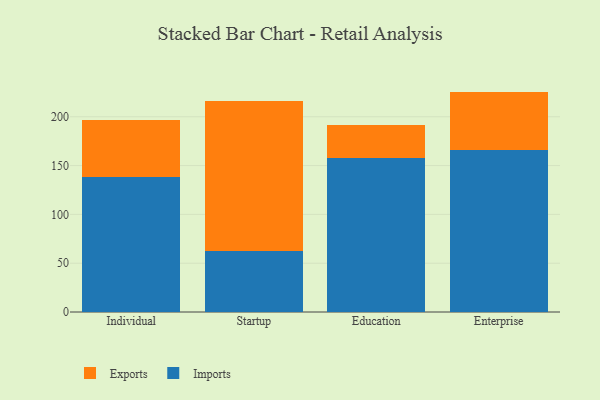
{"axis": {"x": "Segment", "y": "Bounce Rate (%)"}, "legend": ["Exports", "Imports"], "data": [{"x": "Individual", "y": 138.1, "type": "Imports"}, {"x": "Individual", "y": 58.8, "type": "Exports"}, {"x": "Startup", "y": 62.1, "type": "Imports"}, {"x": "Startup", "y": 153.7, "type": "Exports"}, {"x": "Education", "y": 157.7, "type": "Imports"}, {"x": "Education", "y": 33.7, "type": "Exports"}, {"x": "Enterprise", "y": 165.8, "type": "Imports"}, {"x": "Enterprise", "y": 60.0, "type": "Exports"}]}